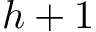
h + 1